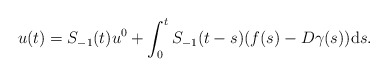
\begin{align*} u(t) = S_{-1}(t) u^{0} + \int_{0}^{t} S_{-1}(t - s) (f(s) - D \gamma(s)) \mathrm{d}s. \end{align*}